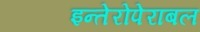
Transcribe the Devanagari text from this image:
इन्तेरोपेराबल